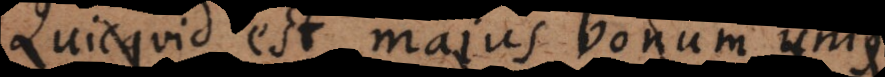
Quicquid est majus bonum unius